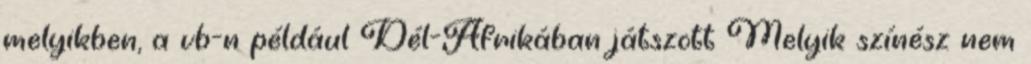
melyikben, a vb-n például Dél-Afrikában játszott Melyik színész nem